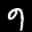
Label: 9